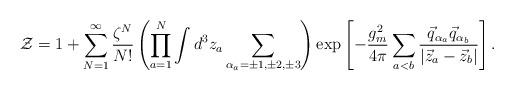
LaTeX: \begin{align*}{\cal Z}=1+\sum\limits_{N=1}^{\infty}\frac{\zeta^N}{N!}\left(\prod\limits_{a=1}^{N}\int d^3z_a\sum\limits_{\alpha_a=\pm 1,\pm 2,\pm 3}^{}\right)\exp\left[-\frac{g_m^2}{4\pi}\sum\limits_{a<b}^{}\frac{\vec q_{\alpha_a}\vec q_{\alpha_b}}{\left|\vec z_a-\vec z_b\right|}\right].\end{align*}